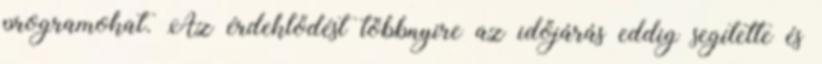
programokat. Az érdeklődést többnyire az időjárás eddig segítette és